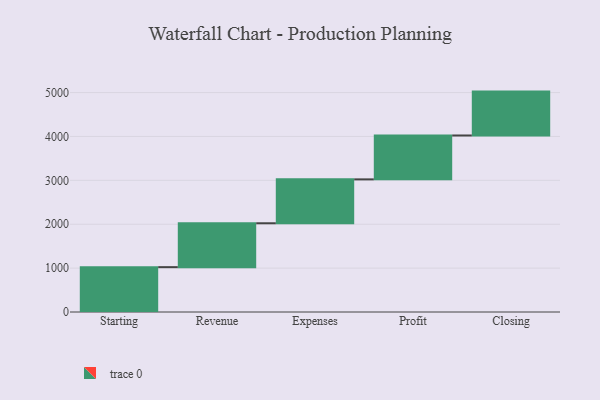
{"axis": {"x": "Step", "y": "Value"}, "legend": [""], "data": [{"x": "Starting", "y": 1022.0, "type": ""}, {"x": "Revenue", "y": 1000, "type": ""}, {"x": "Expenses", "y": 1000, "type": ""}, {"x": "Profit", "y": 1000, "type": ""}, {"x": "Closing", "y": 1000, "type": ""}]}